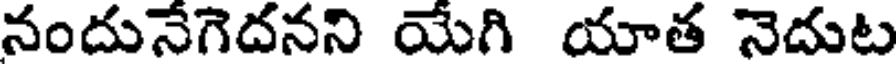
నందునేగెదనని యేగి యాత నెదుట